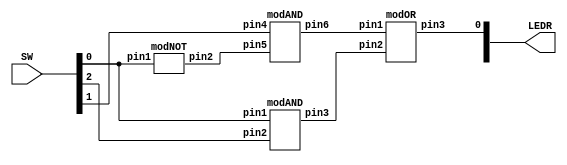
module MUX(SW, LEDR);
	input [9:0] SW;
   output [9:0] LEDR;
  	wire w1, w2, w3;
	
	modNOT m1(.pin1(SW[0]), .pin2(w1));
   modAND m2(.pin1(SW[0]), .pin2(SW[2]), .pin3(w3));
	modAND m3(.pin4(SW[1]), .pin5(w1), .pin6(w2));
	modOR m4(.pin1(w2), .pin2(w3), .pin3(LEDR[0]));
endmodule

module modNOT(pin1, pin2);
   input pin1;
	output pin2;
	not(pin2,pin1);
endmodule

module modAND(pin1, pin2, pin3, pin4, pin5, pin6);
   input pin1, pin2, pin4, pin5;
	output pin3, pin6;
	
	assign pin3 = pin2&pin1;
	assign pin6 = pin4&pin5;
endmodule

module modOR(pin1, pin2, pin3);
   input pin1, pin2;
	output pin3;
	or(pin3, pin2, pin1);
endmodule